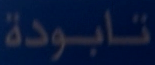
تابودة